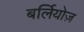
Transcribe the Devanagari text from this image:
बर्लियोज़